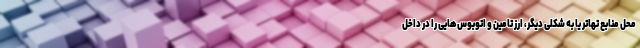
محل منابع تهاتر یا به شکلی دیگر، ارز تامین و اتوبوس‌هایی را در داخل